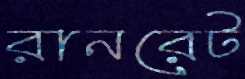
রানরেট